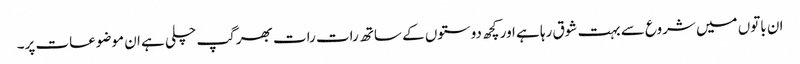
ان باتوں میں شروع سے بہت شوق رہا ہے اور کچھ دوستوں کے ساتھ رات رات بھر گپ چلی ہے ان موضوعات پر۔